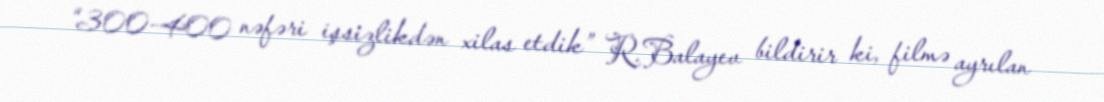
“300-400 nəfəri işsizlikdən xilas etdik” R.Balayev bildirir ki, filmə ayrılan